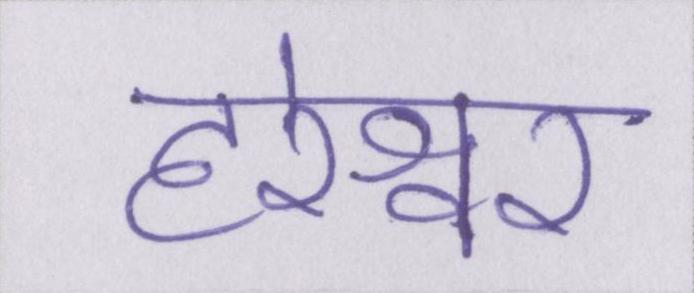
हरेश्वर